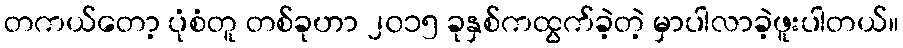
တကယ်တော့ ပုံစံတူ တစ်ခုဟာ ၂၀၁၅ ခုနှစ်ကထွက်ခဲ့တဲ့ မှာပါလာခဲ့ဖူးပါတယ်။